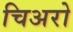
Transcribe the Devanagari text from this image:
चिअरो